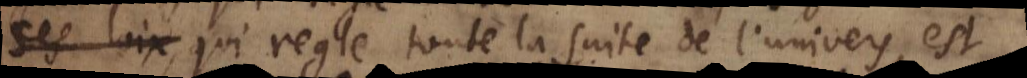
, qui regle toute la suite de l’univers, est